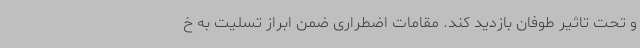
و تحت تاثیر طوفان بازدید کند. مقامات اضطراری ضمن ابراز تسلیت به خ